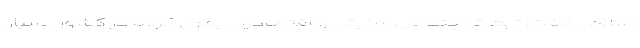
اسلامی گفت: تبعات اجتماعی، امنیتی و اقتصادی بیماری کرونا در کشور بسیار